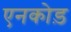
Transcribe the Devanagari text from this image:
एनकोड़